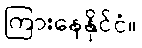
ကြားနေနိုင်ငံ။